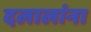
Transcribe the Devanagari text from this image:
दलालांना